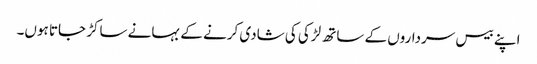
اپنے بیس سرداروں کے ساتھ لڑکی کی شادی کرنے کے بہانے ساکڑ جاتا ہوں۔